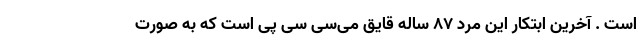
است . آخرین ابتکار این مرد ۸۷ ساله قایق می‌سی سی پی است که به صورت